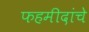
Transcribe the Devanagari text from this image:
फहमीदांचे